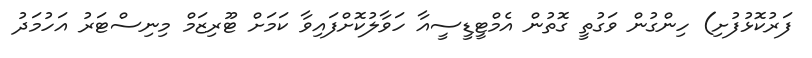
ފަރުކޮޅުފުށި) ހިންގުން ވަގުތީ ގޮތުން އެމްޓީޑީސީއާ ހަވާލުކޮށްފައިވާ ކަމަށް ޓޫރިޒަމް މިނިސްޓަރު އަހުމަދު